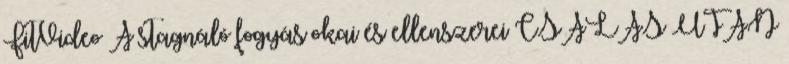
FitVideo A stagnáló fogyás okai és ellenszerei CSALÁS UTÁN